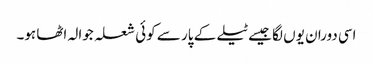
اسی دوران یوں لگا جیسے ٹیلے کے پار سے کوئی شعلہ جوالہ اٹھا ہو۔